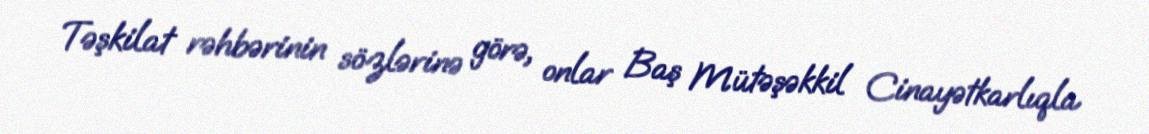
Təşkilat rəhbərinin sözlərinə görə, onlar Baş Mütəşəkkil Cinayətkarlıqla